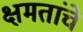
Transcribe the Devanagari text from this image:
क्षमतांचे